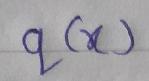
\(q(x)\)